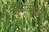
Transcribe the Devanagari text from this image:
निबंधसंग्रहाची